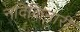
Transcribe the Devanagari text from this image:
नदिकिनारी